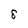
Character: 8